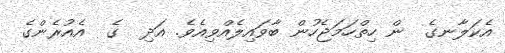
އެކަލާނގެ  ން ހިތްހަމަޖެހުން ބާވައިލެއްވިއެވެ. އަދި  ގެ  އެއުރެންގެ